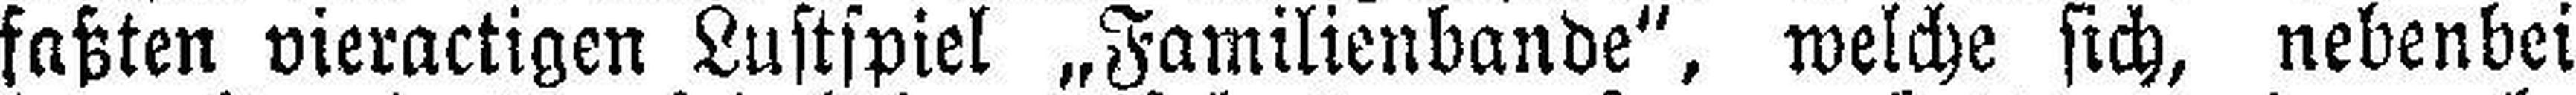
faßten vieractigen Lustspiel „Familienbande“, welche sich, nebenbei